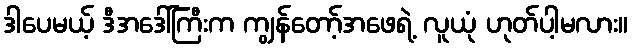
ဒါပေမယ့် ဒီအဒေါ်ကြီးက ကျွန်တော့်အဖေရဲ့ လူယုံ ဟုတ်ပါ့မလား။